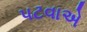
પટવાએ